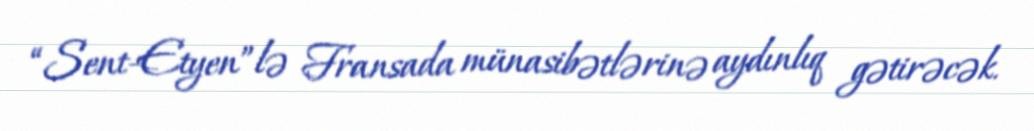
“Sent-Etyen”lə Fransada münasibətlərinə aydınlıq gətirəcək.